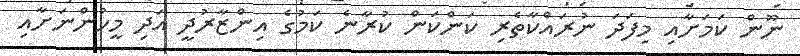
ނޫން ކަމަށާއި މިފަދަ ނުރައްކާތެރި ކަންކަން ކުރާނެ ކަމުގެ އިންޒާރުދީ އަދި މީހުންނަށާއި